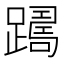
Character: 𨅡